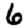
Digit: 6